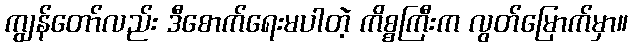
ကျွန်တော်လည်း ဒီစောက်ရေးမပါတဲ့ ကိစ္စကြီးက လွတ်မြောက်မှာ။